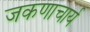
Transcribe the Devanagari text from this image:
जकणाचार्य